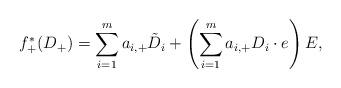
LaTeX: \begin{align*} f_+^*(D_+)=\sum_{i=1}^m a_{i,+}\tilde{D}_i+\left(\sum_{i=1}^m a_{i,+}D_i\cdot e\right)E,\end{align*}